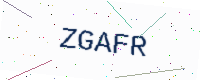
Text: ZGAFR